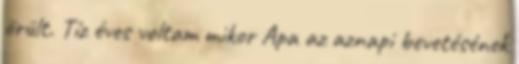
örült. Tíz éves voltam mikor Apa az aznapi bevetésének